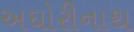
અઘોરીનાથ